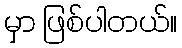
မှာ ဖြစ်ပါတယ်။